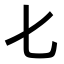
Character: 𠤎